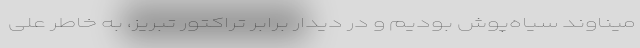
میناوند سیاه‌پوش بودیم و در دیدار برابر تراکتور تبریز، به خاطر علی